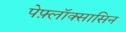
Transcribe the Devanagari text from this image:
पेफ़्लॉक्सासिन